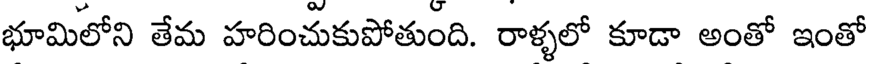
భూమిలోని తేమ హరించుకుపోతుంది. రాళ్ళలో కూడా అంతో ఇంతో